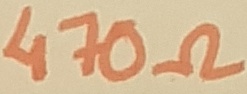
Text: 470Ω